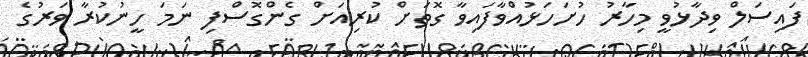
ފައިސަލް ވިދާޅުވީ މިހާރު ހުށަހަޅުއްވާފައިވާ ގޮތަށް ކުރިއަށް ގެންގޮސްފި ނަމަ ހީނުކުރާ ވަރުގެ